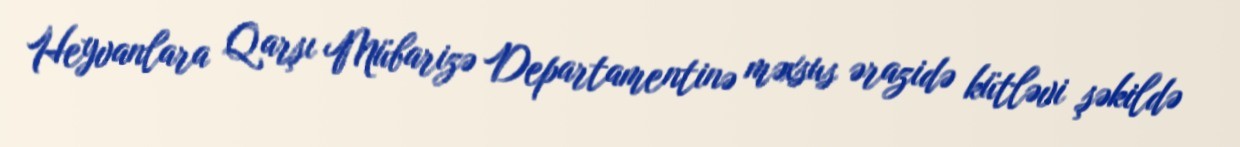
Heyvanlara Qarşı Mübarizə Departamentinə məxsus ərazidə kütləvi şəkildə